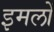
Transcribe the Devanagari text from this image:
इमलों